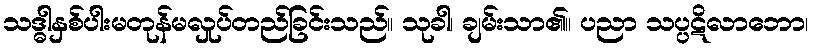
သဒ္ဓါနှစ်ပါးမတုန်မလှုပ်တည်ခြင်းသည်။ သုခါ၊ ချမ်းသာ၏။ ပညာ သပ္ပဋိလာဘော၊